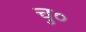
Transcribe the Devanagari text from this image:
चु०